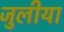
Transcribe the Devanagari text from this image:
जुलीया